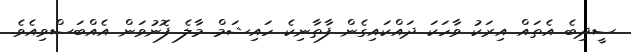
ސީދިބެ އެތައް އިރަކު ވާހަކަ ދައްކައިގެން ފާތާނިކެ ހައިޝަމް މާލެ ފޮނުވަން އެއްބަސްވިއެވެ.